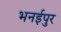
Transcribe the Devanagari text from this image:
भनईपुर